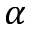
\alpha